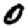
Digit: 0